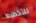
للتخطيط